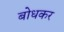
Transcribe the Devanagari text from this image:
बोधकर